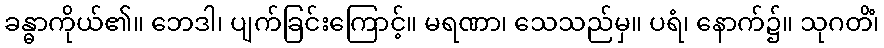
ခန္ဓာကိုယ်၏။ ဘေဒါ၊ ပျက်ခြင်းကြောင့်။ မရဏာ၊ သေသည်မှ။ ပရံ၊ နောက်၌။ သုဂတိံ၊